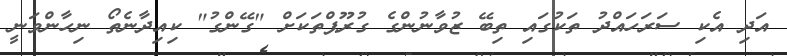
އަދި އެކި ސަރަހައްދު ތަކުގައި ތިބޭ ޒުވާނުންގެ ގުރޫޕްތަކަށް "ގޭންގު" ކިއިދާނެތޯ ނިހާންވަނީ